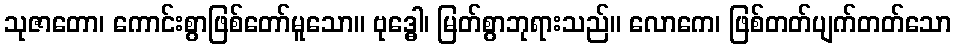
သုဇာတော၊ ကောင်းစွာဖြစ်တော်မူသော။ ဗုဒ္ဓေါ၊ မြတ်စွာဘုရားသည်။ လောကေ၊ ဖြစ်တတ်ပျက်တတ်သော